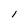
Character: 1